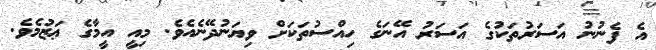
އެ ފެނުނު އަސަރުތަކުގެ އަސަރު އޭނަގެ ހިއްސުތަކަށް ވިޔަނުދޭނެއެވެ. މިއީ އީމާގެ ޢަޒުމެވެ.